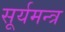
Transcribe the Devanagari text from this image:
सूर्यमन्त्र